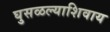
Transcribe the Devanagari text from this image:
घुसळल्याशिवाय